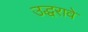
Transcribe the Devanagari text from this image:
उद्धरावे